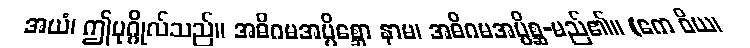
အယံ၊ ဤပုဂ္ဂိုလ်သည်။ အဓိဂမအပ္ပိစ္ဆော နာမ၊ အဓိဂမအပ္ပိစ္ဆ-မည်၏။ (ကေ ဝိယ၊